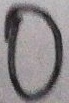
0